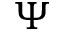
\Psi